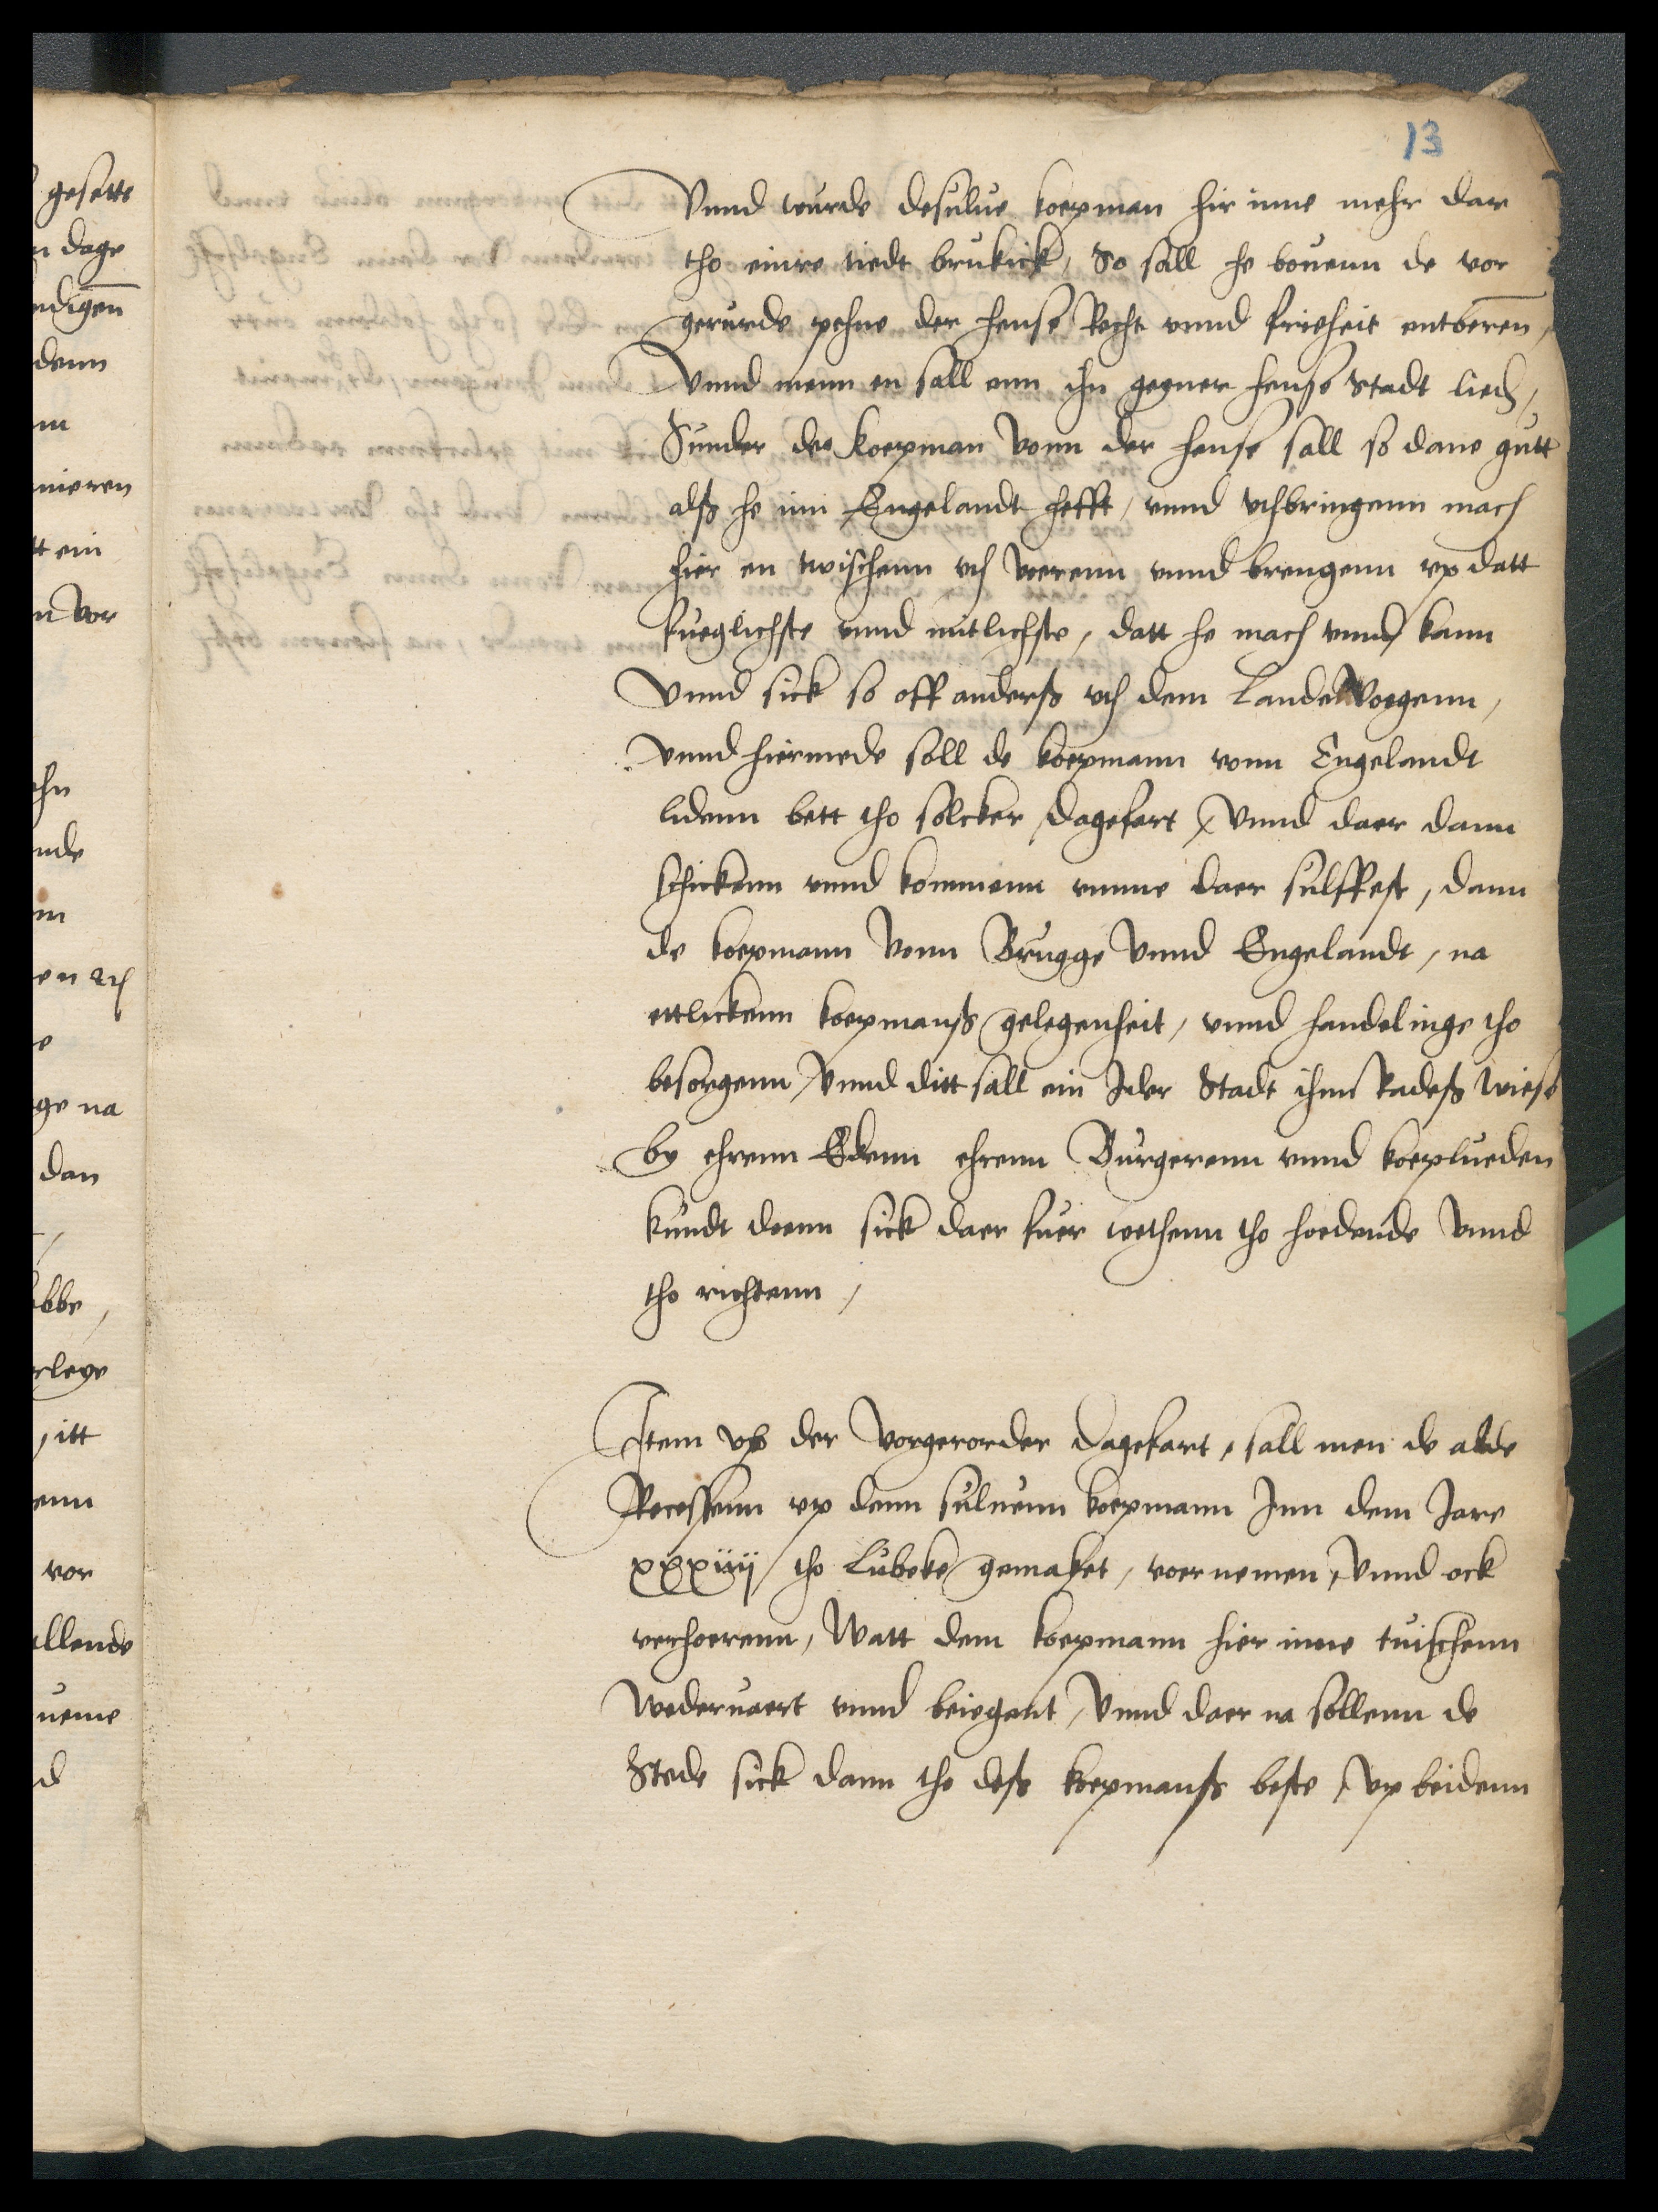
Vnnd wurde desulue koepman hir inne mehr dar
tho einre tiedt brukick, So sall he bouenn de vor¬
gerurde pehne der hense Recht vnnd frieheit entberenn,
Vnnde menn en sall enn ihn geyner hense Stadt lieden
Sunder der koepman vonn der hense sall so dane gutt
alß he inn Engelandt hefft, vnnd vthbringenn mach
hier en twischenn vth voerenn vnnd brengenn vp datt
fueglichste vnnd nutlichste, datt he mach vnnd kann
Vnn sick so off anderß vth dem Lande Voegenn,
vnnd hiermede soll de koepmann vonn Engelandt
lidenn bett tho solcker dagefart, Vnnd daer dann
schickenn vnnd kommenn vmme daer selffest, denn
de koepmann vonn Brugge vnnd Engelandt, na
ettlickenn koepmanß gelegenheit, vnnd handelinge tho
besorgenn, vnnd ditt dall ein Jder Stadt ihnn Radeß wiese
by ehrenn Edenn ehrenn Burgerenn vnnd koeplueden
Kundt doenn sick daer fuer wethenn tho hoedende vnnd
tho richtenn,

Item vp der vorgerorder dagefart, sall men de alde
Recessenn vp denn suluenn koepmann Jnn dem Jare
xxxiiij tho Lubeke gemaket, voernemen, vnnd ock
verhoerenn, Watt dem koepmann hier inne tuischenn
Wederuaert vnnd beiegent, Vnnd daer na sollenn de
Stede sick dann tho deß koepmanß beste, vp beidenn